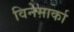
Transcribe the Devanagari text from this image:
विनेमार्का